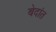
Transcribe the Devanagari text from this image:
बेदांत